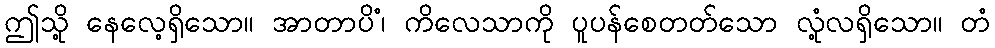
ဤသို့ နေလေ့ရှိသော။ အာတာပိံ၊ ကိလေသာကို ပူပန်စေတတ်သော လုံ့လရှိသော။ တံ